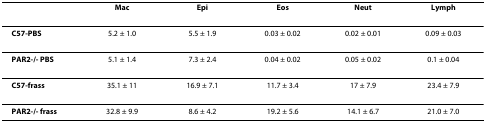
<table><thead><tr><td></td><td><b>Mac</b></td><td><b>Epi</b></td><td><b>Eos</b></td><td><b>Neut</b></td><td><b>Lymph</b></td></tr></thead><tbody><tr><td><b>C57-PBS</b></td><td>5.2 ± 1.0</td><td>5.5 ± 1.9</td><td>0.03 ± 0.02</td><td>0.02 ± 0.01</td><td>0.09 ± 0.03</td></tr><tr><td><b>PAR2-/- PBS</b></td><td>5.1 ± 1.4</td><td>7.3 ± 2.4</td><td>0.04 ± 0.02</td><td>0.05 ± 0.02</td><td>0.1 ± 0.04</td></tr><tr><td><b>C57-frass</b></td><td>35.1 ± 11</td><td>16.9 ± 7.1</td><td>11.7 ± 3.4</td><td>17 ± 7.9</td><td>23.4 ± 7.9</td></tr><tr><td><b>PAR2-/- frass</b></td><td>32.8 ± 9.9</td><td>8.6 ± 4.2</td><td>19.2 ± 5.6</td><td>14.1 ± 6.7</td><td>21.0 ± 7.0</td></tr></tbody></table>